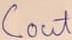
Text: Cout